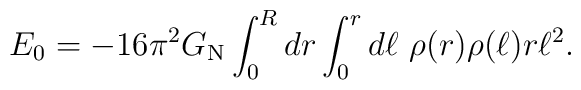
E_0=-16\pi^2G_{\rm N}\int_0^R dr \int_0^r d\ell\ \rho(r)\rho(\ell)r\ell^2.